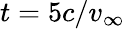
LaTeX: {t}=5c/{v}_{\infty}